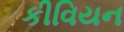
કીવિયન